Leaving Certificate Examination, 1921
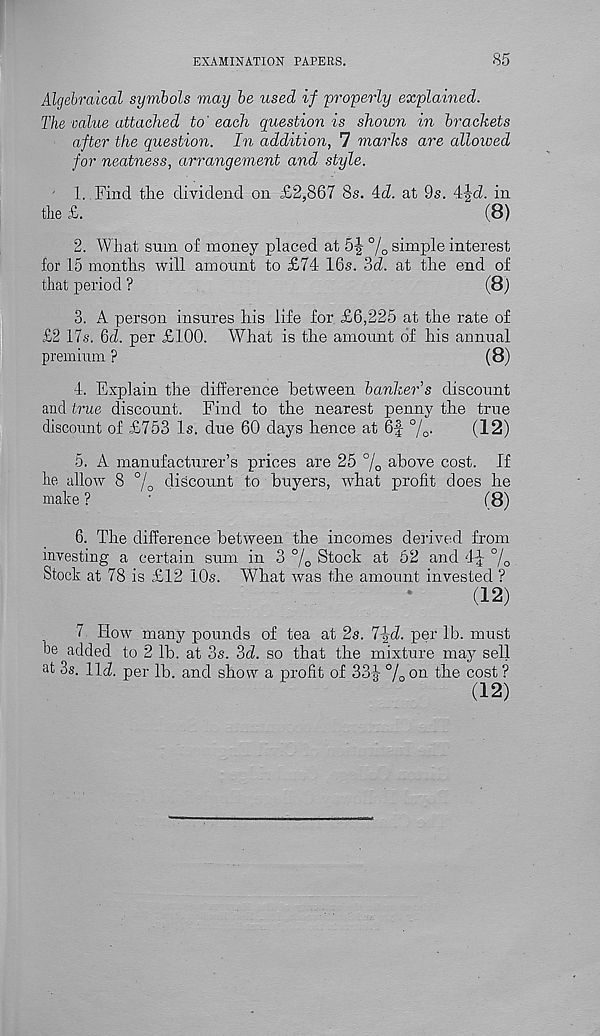
EXAMINATION PAPERS.
85
Algebraical symbols viay be used if 'properly explained.
The value attached to'each question is shown in brackets
after the question. In addition, 7 marks are allowed
for neatness, arrangement and style.
1. Find the dividend on £2,867 8s. Ad. at 9s. A^d. in
the £.
(8)
2. What sum of money placed at 5| % simple interest
for 15 months will amount to £74 16s. 3d. at the end of
that period ?
(8)
3. A person insures his life for £6,225 at the rate of
£2 17s. 6d. per £100. What is the amount of his annual
premium ?
(8)
4. Explain the difference between banker's discount
and true discount. Find to the nearest penny the true
discount of £753 Is. due 60 days hence at 6f %•
(12)
5. A manufacturer’s prices are 25 °j 0 above cost. If
he allow 8 °j 0 discount to buyers, what profit does he
make?
-
(8)
6. The difference between the incomes derived from
investing a certain sum in 3 % Stock at 62 and 4J %
Stock at 78 is £12 10s. What was the amount invested ?
(12)
7 How many pounds of tea at 2s. T^d. per lb. must
be added to 2 lb. at 3s. 3d. so that the mixture may sell
at 3s. Hi. per lb. and show a profit of 33g- % on the cost ?
(12)